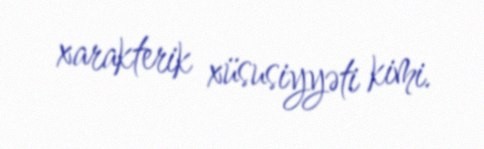
xarakterik xüsusiyyəti kimi.